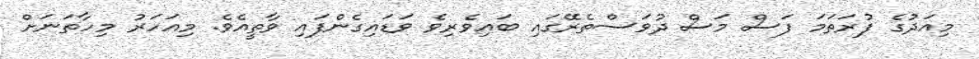
މިއަދުގެ ފުރަތަމަ ފަސް މަސް ދުވަސްތެރޭގައި ބައިވެރިވެ ވަޑައިގެންފައި ވާތީއެވެ. މިއަހަރު މިހާތަނަށް